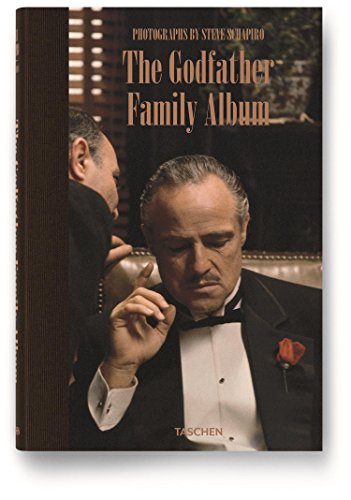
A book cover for The Godfather Family Album (English, German and French Edition); Paul Duncan; Humor & Entertainment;